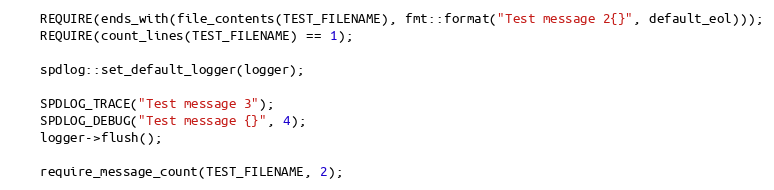
Language: C++
    REQUIRE(ends_with(file_contents(TEST_FILENAME), fmt::format("Test message 2{}", default_eol)));
    REQUIRE(count_lines(TEST_FILENAME) == 1);

    spdlog::set_default_logger(logger);

    SPDLOG_TRACE("Test message 3");
    SPDLOG_DEBUG("Test message {}", 4);
    logger->flush();

    require_message_count(TEST_FILENAME, 2);